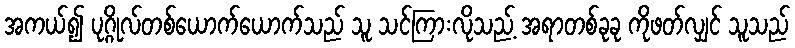
အကယ်၍ ပုဂ္ဂိုလ်တစ်ယောက်ယောက်သည် သူ သင်ကြားလိုသည့် အရာတစ်ခုခု ကိုဖတ်လျှင် သူသည်